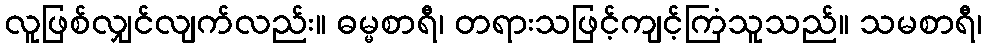
လူဖြစ်လျှင်လျက်လည်း။ ဓမ္မစာရီ၊ တရားသဖြင့်ကျင့်ကြံသူသည်။ သမစာရီ၊